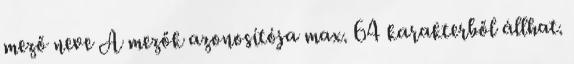
mező neve A mezők azonosítója max. 64 karakterből állhat.